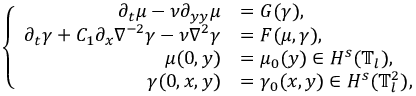
\left\{ \begin{array} { r l } { \partial _ { t } \mu - \nu \partial _ { y y } \mu } & { = G ( \gamma ) , } \\ { \partial _ { t } \gamma + C _ { 1 } \partial _ { x } \nabla ^ { - 2 } \gamma - \nu \nabla ^ { 2 } \gamma } & { = F ( \mu , \gamma ) , } \\ { \mu ( 0 , y ) } & { = \mu _ { 0 } ( y ) \in H ^ { s } ( \mathbb { T } _ { l } ) , } \\ { \gamma ( 0 , x , y ) } & { = \gamma _ { 0 } ( x , y ) \in H ^ { s } ( \mathbb { T } _ { l } ^ { 2 } ) , } \end{array} \right.